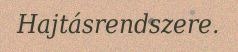
Hajtásrendszere.